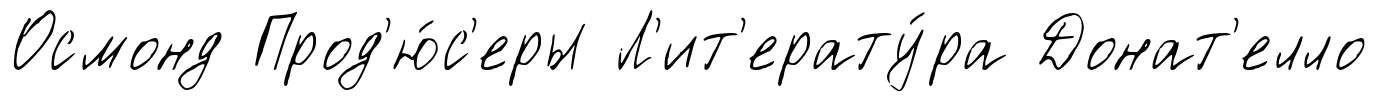
Осмонд Прод'ю́с'еры Л'ит'ерату́ра Донат'елло